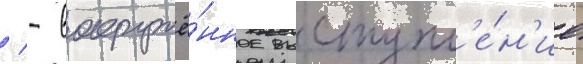
/ - вооружё́нное выступл'е́н'ие